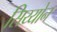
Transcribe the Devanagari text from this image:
सिय्योन